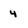
Character: 4